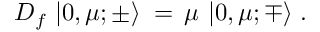
D _ { f } \, \left| 0 , \mu ; \pm \rangle \right. \, = \, \mu \, \left| 0 , \mu ; \mp \rangle \right. .